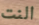
النت